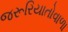
જરૂરિયાતોવાળા